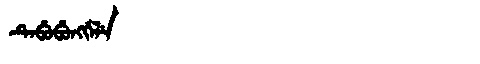
Manchu: ᡨᡝᠪᡠᠪᡠᠩᡤᡝᠯᡝ
Romanization: TEBUBUNGGELE